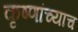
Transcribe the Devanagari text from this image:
कृष्णांच्याच